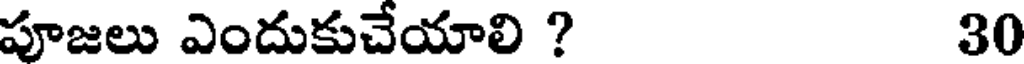
పూజలు ఎందుకుచేయాలి ? 30